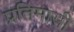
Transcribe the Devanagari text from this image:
प्रतिमासी